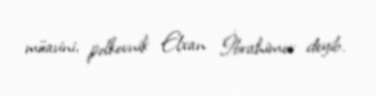
müavini, polkovnik Elxan İbrahimov deyib.